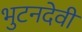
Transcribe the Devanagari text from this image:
भुटनदेवी